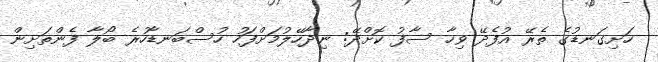
ހަށިގަނޑުގެ ތެރޭ އުފެދޭ ވިހާ ސާފު ކޮށްދޭ: ނިދާހޭލުމަށްފަހު ހުސްބަނޑާހުރެ ބޯލާ ފެންތަށިން